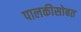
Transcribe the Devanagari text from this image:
पालकीसोबत